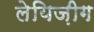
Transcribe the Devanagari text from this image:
लेयिज़ीग